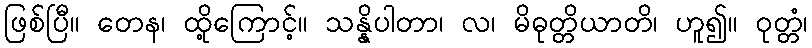
ဖြစ်ပြီ။ တေန၊ ထို့ကြောင့်။ သန္နိပါတာ၊ လ၊ မိဓုတ္တိယာတိ၊ ဟူ၍။ ဝုတ္တံ၊